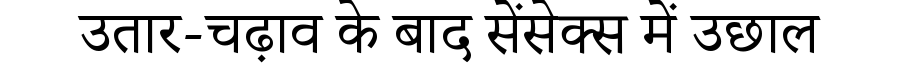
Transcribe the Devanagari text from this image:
उतार-चढ़ाव के बाद सेंसेक्स में उछाल